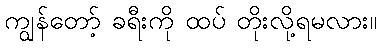
ကျွန်တော့် ခရီးကို ထပ် တိုးလို့ရမလား။